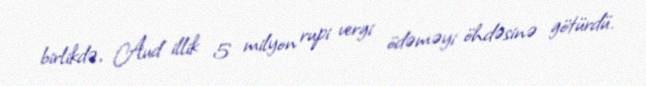
birlikdə, Aud illik 5 milyon rupi vergi ödəməyi öhdəsinə götürdü.